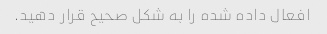
افعال داده شده را به شکل صحیح قرار دهید.